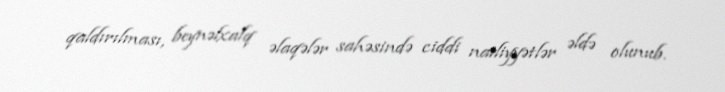
qaldırılması, beynəlxalq əlaqələr sahəsində ciddi nailiyyətlər əldə olunub.